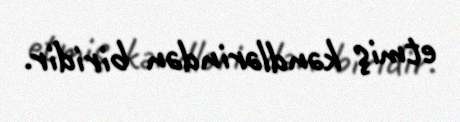
etmiş kəndlərindən biridir.